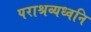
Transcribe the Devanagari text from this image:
पराश्रव्यध्वनि